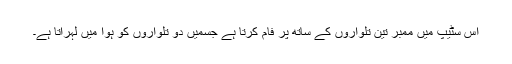
اس سٹیپ میں ممبر تین تلواروں کے ساتھ پر فام کرتا ہے جسمیں دو تلواروں کو ہوا میں لہراتا ہے۔